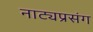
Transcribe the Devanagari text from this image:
नाट्यप्रसंग